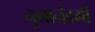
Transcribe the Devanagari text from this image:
नुमानंदगी